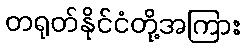
တရုတ်နိုင်ငံတို့အကြား